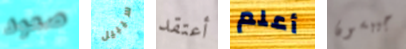
صعود سيبيل أعتقد أعلم جيبسون